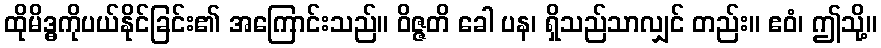
ထိုမိဒ္ဓကိုပယ်နိုင်ခြင်း၏ အကြောင်းသည်။ ဝိဇ္ဇတိ ခေါ ပန၊ ရှိသည်သာလျှင် တည်း။ ဧဝံ၊ ဤသို့။